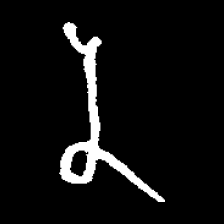
Pyu character \u2014 Myanmar letter: န (romanized: na)